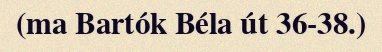
(ma Bartók Béla út 36‐38.)